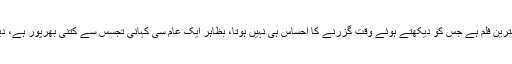
یہ ایک ناول پر بننے والی بہترین فلم ہے جس کو دیکھتے ہوئے وقت گزرنے کا احساس ہی نہیں ہوتا، بظاہر ایک عام سی کہانی تجسس سے کتنی بھرپور ہے، دیکھ کر حیران رہ جائیں گے۔